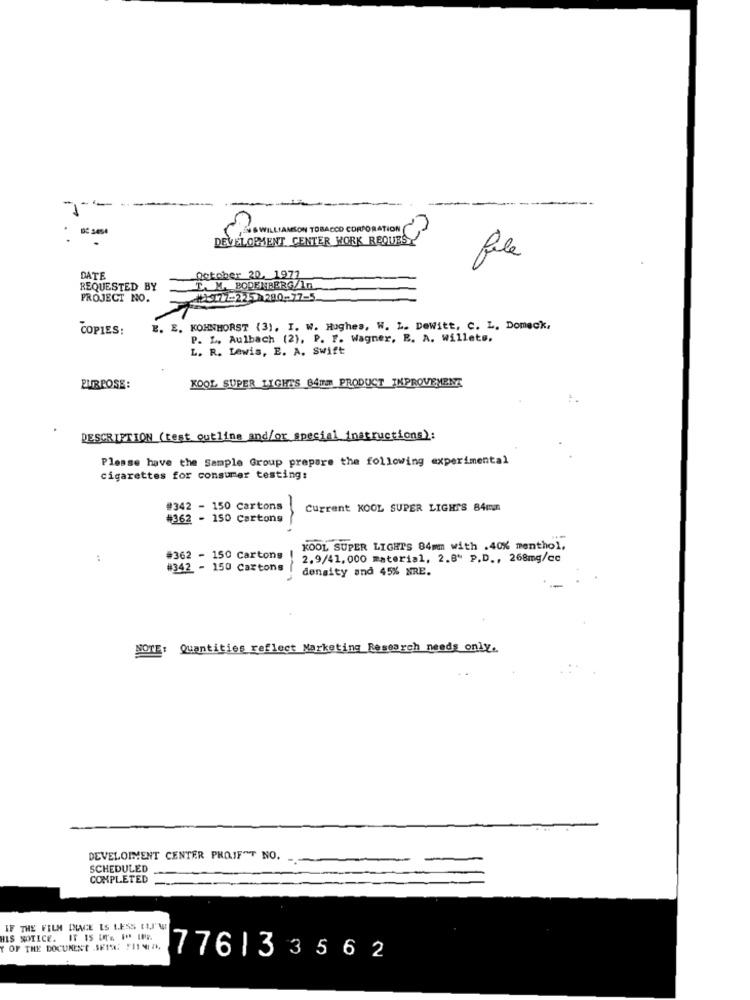
ENS WILLIAMSON TOBACCO CORPORATION (
DEVELOPMENT CENTER WORK REQUEST
file
DATE
October 20, 1977
REQUESTED BY
T. M. BODENBERG/In
PROJECT NO.
₩2-177-2251290-77-5
COPIES:
E. E. KOHNHORST (3). I. W. Hughes, W. L. Dewitt, C. L. Domeck,
P. L. Aulbach (2), P. F. Wagner, E. A. Willets.
L. R. Lewis, E. A. Swift
KOOL SUPER LIGHTS 84mm PRODUCT IMPROVEMENT
PURPOSE:
DESCRIPTION (test outline and/or special instructions):
Please have the Sample Group prepare the following experimental
cigarettes for consumer testing:
#342 - 150 Cartons
Current KOOL SUPER LIGHTS 84mm
#362 - 150 Cartons
KOOL SUPER LIGHTS 84mm with .40% menthol,
#362 - 150 Cartons
2.9/41, 000 material, 2.8" P.D ., 268mg/cc
#342 - 150 Caxtons
density and 45% NRE.
NOTE :
Quantities reflect Marketing Research needs only.
DEVELOPMENT CENTER PROIFTT NO.
SCHEDULED
COMPLETED
IF THE FILM INAGE IS LESS (1,1" W
HIS NOTICE. IT IS IT'S IP INE
Y OF THE DOCUMENT SEIN: FINAL
776| 33562